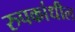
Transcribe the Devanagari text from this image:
रुपकांधील